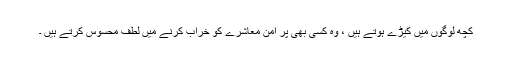
کچھ لوگوں میں کیڑے ہوتے ہیں ، وہ کسی بھی پر امن معاشرے کو خراب کرنے میں لطف محسوس کرتے ہیں ۔